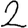
Digit: 2